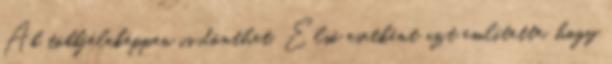
Ab többféleképpen is dönthet. Első esetként azt említette, hogy